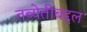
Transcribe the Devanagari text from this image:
तब्येतीबद्दल